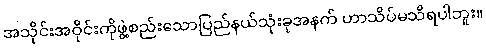
အသိုင်းအဝိုင်းကိုဖွဲ့စည်းသောပြည်နယ်သုံးခုအနက် ဟာသိပ်မသိရပါဘူး။